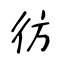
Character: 彷